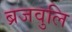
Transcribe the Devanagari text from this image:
ब्रजवुलि